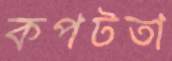
কপটতা